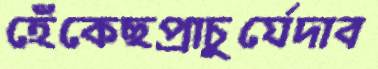
হেঁকেছপ্রাচুর্যেদাব